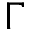
\Gamma